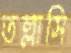
তল্লাসি